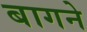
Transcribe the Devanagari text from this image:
बागने